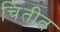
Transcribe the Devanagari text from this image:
चिंतीत